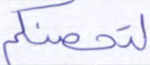
لتحصنكم